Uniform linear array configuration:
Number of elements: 64
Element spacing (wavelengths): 0.5
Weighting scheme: cosine
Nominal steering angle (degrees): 60
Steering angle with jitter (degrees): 61.024
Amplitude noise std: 0.05
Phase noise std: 0.05

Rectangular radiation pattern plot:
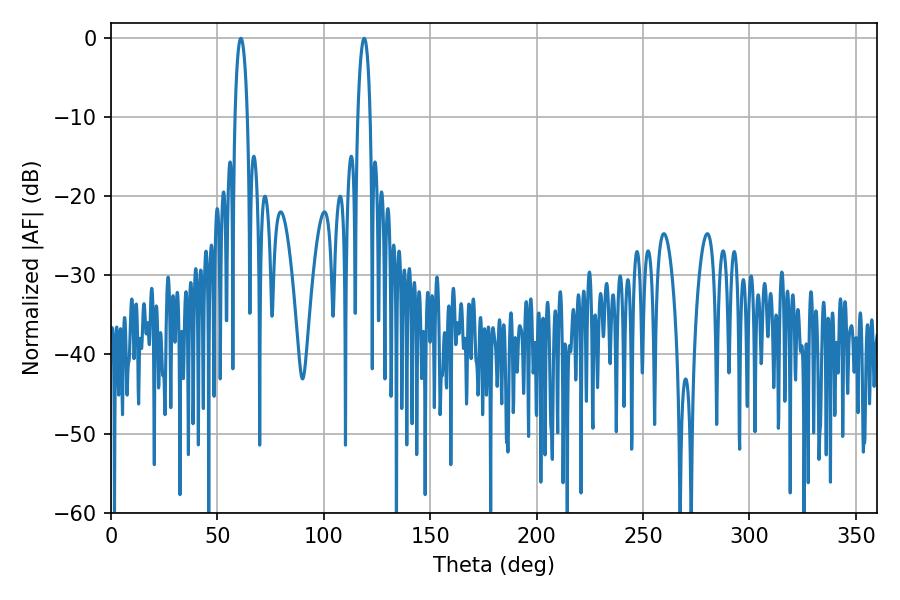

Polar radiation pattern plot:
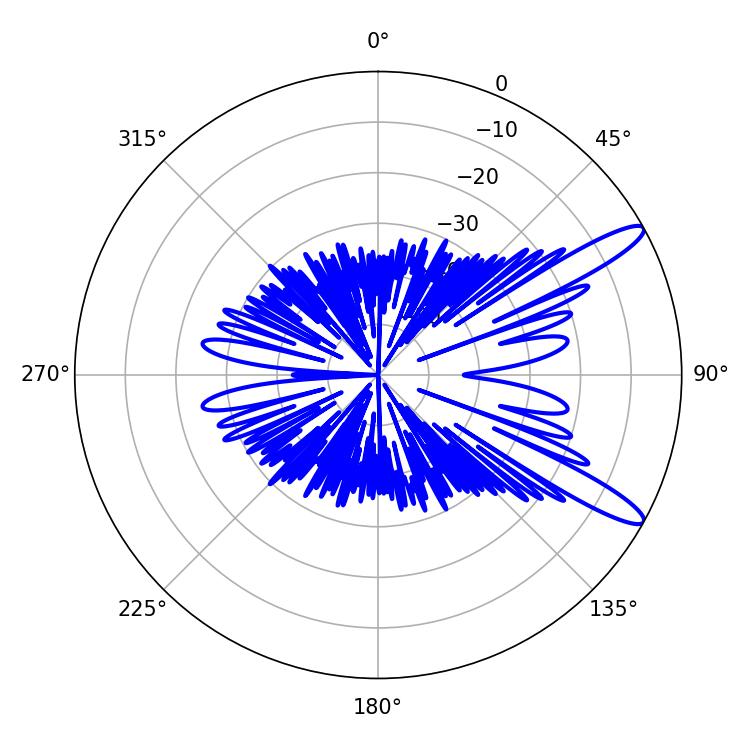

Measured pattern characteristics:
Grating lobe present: FALSE
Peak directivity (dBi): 12.48
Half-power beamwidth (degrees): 3.24
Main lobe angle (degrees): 61.02